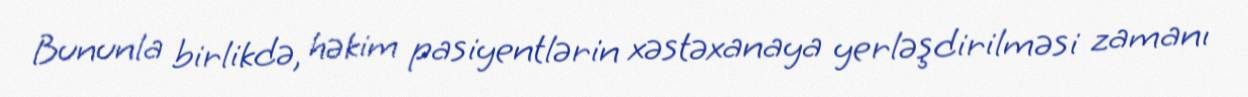
Bununla birlikdə, həkim pasiyentlərin xəstəxanaya yerləşdirilməsi zamanı